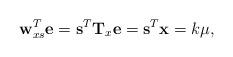
LaTeX: \begin{align*}\mathbf{w}_{xs}^T\mathbf{e}=\mathbf{s}^T\mathbf{T}_x\mathbf{e}=\mathbf{s}^T\mathbf{x}=k\mu,\end{align*}